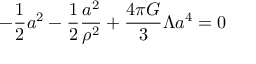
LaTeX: - { \frac { 1 } { 2 } } a ^ { 2 } - { \frac { 1 } { 2 } } { \frac { a ^ { 2 } } { \rho ^ { 2 } } } + { \frac { 4 \pi G } { 3 } } \Lambda a ^ { 4 } = 0